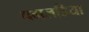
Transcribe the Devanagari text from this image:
पगलडिया